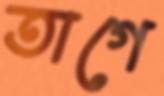
তাগে